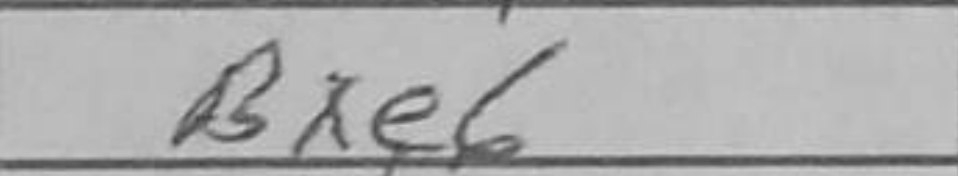
Transcription: Nd7